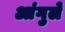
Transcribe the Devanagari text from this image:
आंगुले